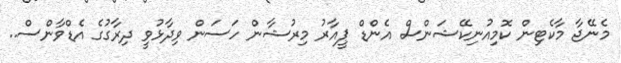
މެނޭޖާ މާކެޓިން ކޮމިއުނިކޭޝަންސް އެންޑް ޕީއާރު މިރުޝާން ހަސަން ވިދާޅުވީ ދިރާގުގެ އެޑްވާންސް..